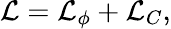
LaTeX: \mathcal{L}=\mathcal{L}_{\phi}+\mathcal{L}_{C},